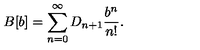
B [ b ] = \sum _ { n = 0 } ^ { \infty } D _ { n + 1 } \frac { b ^ { n } } { n ! } .